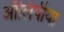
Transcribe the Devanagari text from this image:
ऑलिंपीया